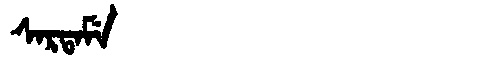
Manchu: ᠰᠠᡵᡨᠠᠮᡝ
Romanization: SARTAME